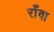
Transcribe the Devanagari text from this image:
राँवा